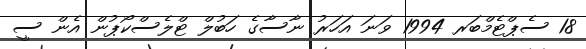
18 ސެޕްޓެމްބަރ 1994 ވަނަ އަހަރު ނާސާގެ ހަބުލް ޓްލެސްކޯޕުން އެން ސީ